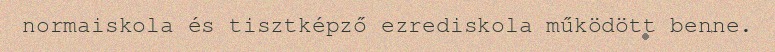
normaiskola és tisztképző ezrediskola működött benne.